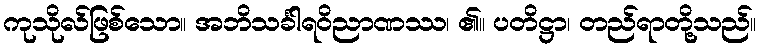
ကုသိုလ်ဖြစ်သော။ အဘိသင်္ခါရဝိညာဏဿ၊ ၏။ ပတိဋ္ဌာ၊ တည်ရာတို့သည်။